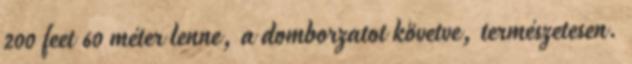
200 feet 60 méter lenne, a domborzatot követve, természetesen.